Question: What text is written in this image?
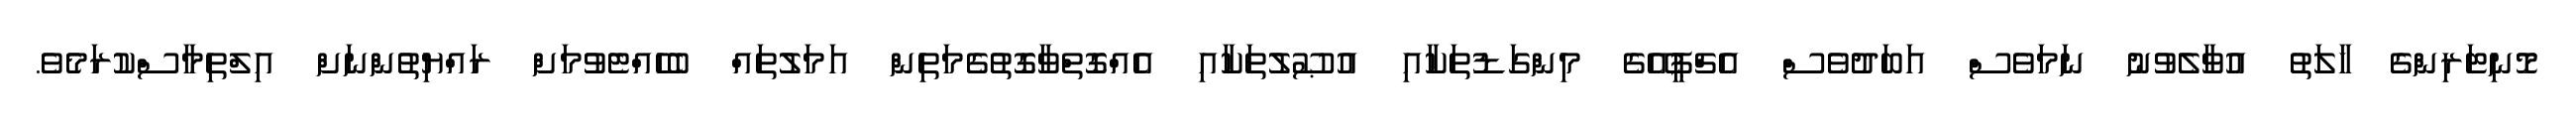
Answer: މޮނިޓަރިންގެ ހާލަތު އުވާލެވުނު ނަމަވެސް އަބަދުވެސް އެޗްޕީއޭގެ މިންގަޑުތަކާއި އުޞޫލުތަކާއި އެއްގޮތްވާގޮތުގެމަތިން އަމަލުތައް ބެހެއްޓެވުމަށް ރައްޔިތުންނަށް އިލްތިމާސްކުރަމެވެ.